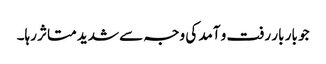
جو بار بار رفت و آمد کی وجہ سے شدید متاثر رہا۔